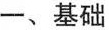
一、基础